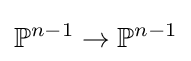
\mathbb {P} ^{n-1}\to \mathbb {P} ^{n-1}